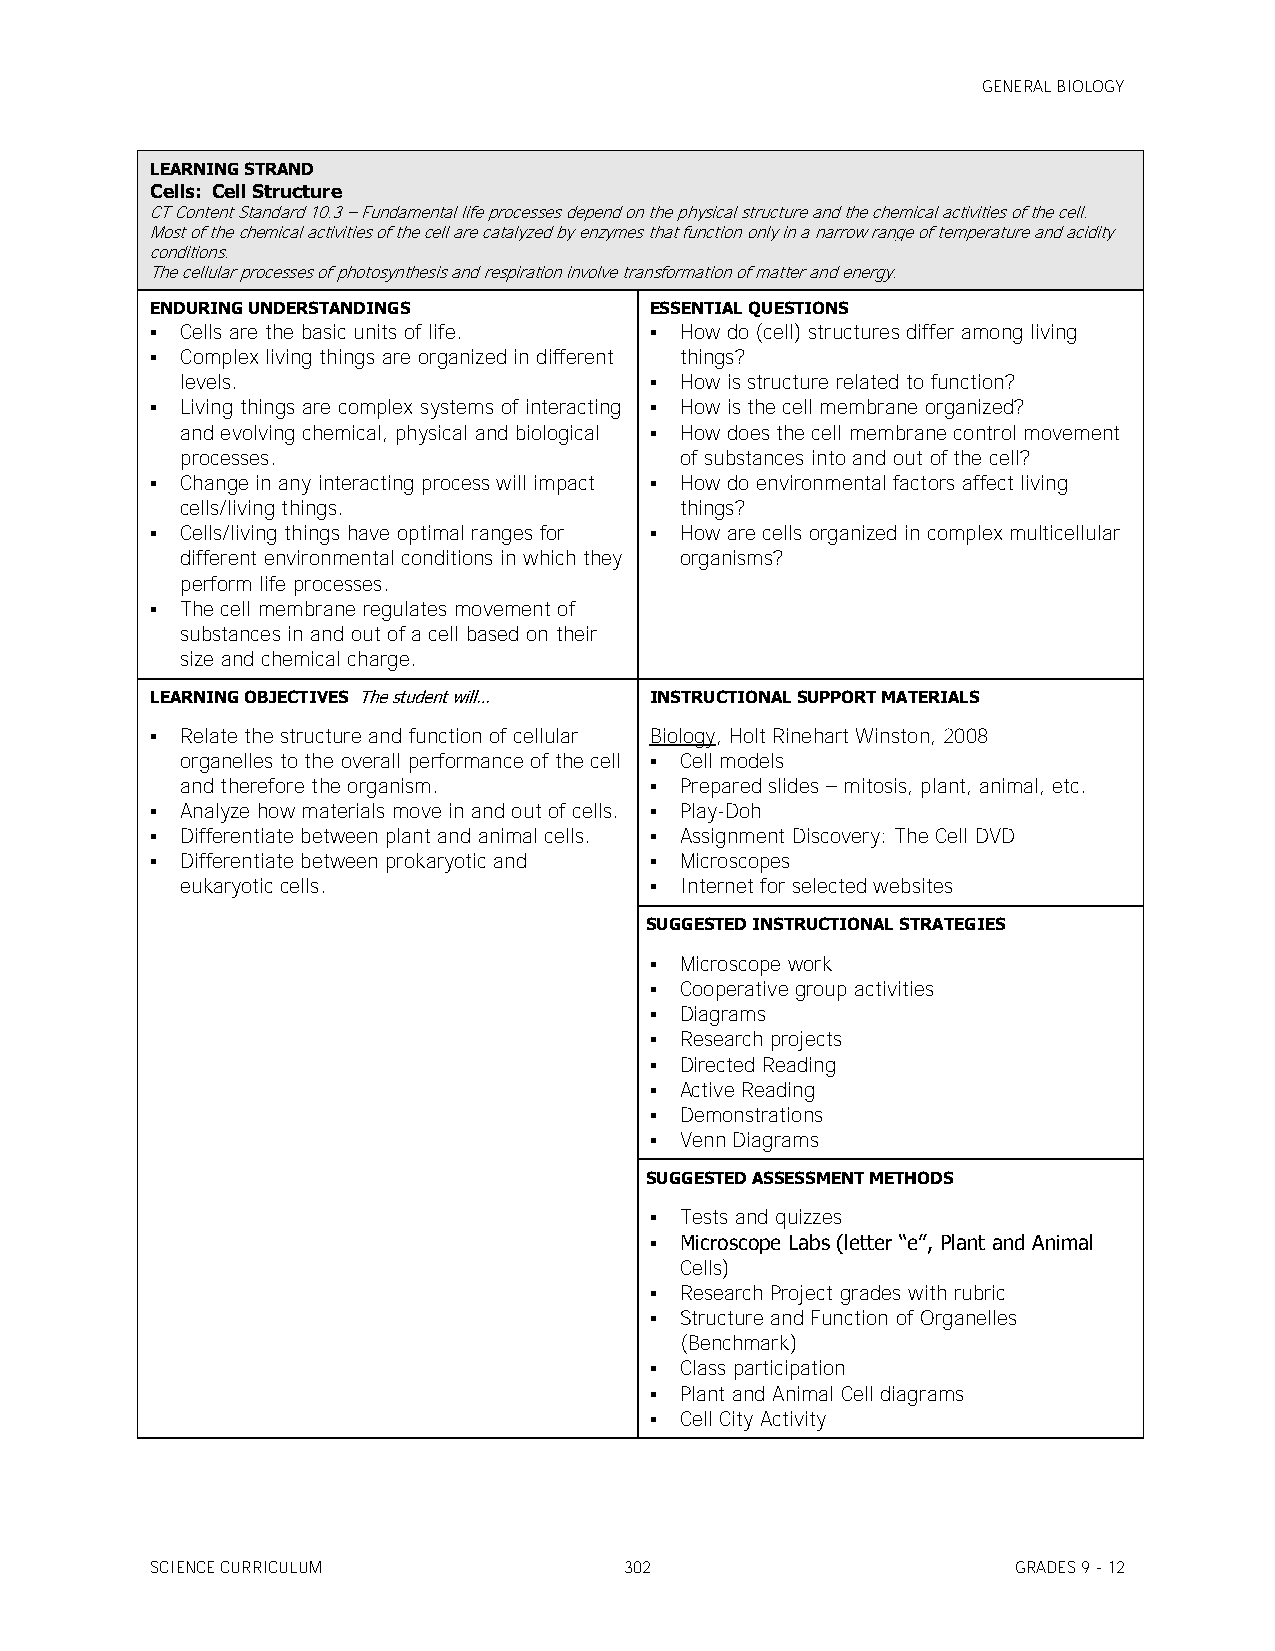
GENERAL BIOLOGY
 LEARNING STRAND
 Cells: Cell Structure
 CT Content Standard 10.3 – Fundamental life processes depend on the physical structure and the chemical activities of the cell.
 Most of the chemical activities of the cell are catalyzed by enzymes that function only in a narrow range of temperature and acidity
 conditions.
 The cellular processes of photosynthesis and respiration involve transformation of matter and energy.
 ENDURING UNDERSTANDINGS          ESSENTIAL QUESTIONS
  Cells are the basic units of life.  How do (cell) structures differ among living
  Complex living things are organized in different things?
 levels.                         How is structure related to function?
  Living things are complex systems of interacting  How is the cell membrane organized?
 and evolving chemical, physical and biological  How does the cell membrane control movement
 processes.                       of substances into and out of the cell?
  Change in any interacting process will impact  How do environmental factors affect living
 cells/living things.             things?
  Cells/living things have optimal ranges for  How are cells organized in complex multicellular
 different environmental conditions in which they organisms?
 perform life processes.
  The cell membrane regulates movement of
 substances in and out of a cell based on their
 size and chemical charge.
 LEARNING OBJECTIVES The student will… INSTRUCTIONAL SUPPORT MATERIALS
  Relate the structure and function of cellular Biology, Holt Rinehart Winston, 2008
 organelles to the overall performance of the cell  Cell models
 and therefore the organism.     Prepared slides – mitosis, plant, animal, etc.
  Analyze how materials move in and out of cells.  Play-Doh
  Differentiate between plant and animal cells.  Assignment Discovery: The Cell DVD
  Differentiate between prokaryotic and  Microscopes
 eukaryotic cells.               Internet for selected websites
 SUGGESTED INSTRUCTIONAL STRATEGIES
  Microscope work
  Cooperative group activities
  Diagrams
  Research projects
  Directed Reading
  Active Reading
  Demonstrations
  Venn Diagrams
 SUGGESTED ASSESSMENT METHODS
  Tests and quizzes
  Microscope Labs (letter ―e‖, Plant and Animal
 Cells)
  Research Project grades with rubric
  Structure and Function of Organelles
 (Benchmark)
  Class participation
  Plant and Animal Cell diagrams
  Cell City Activity
 SCIENCE CURRICULUM             302                       GRADES 9 - 12